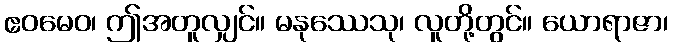
ဧဝမေဝ၊ ဤအတူလျှင်။ မနုဿေသု၊ လူတို့တွင်။ ယောရာဇာ၊